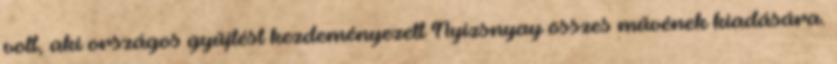
volt, aki országos gyűjtést kezdeményezett Nyizsnyay összes művének kiadására.